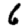
Digit: 6